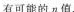
有可能的n值。